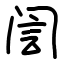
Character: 訚